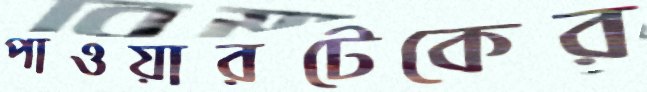
পাওয়ারটেকের